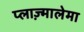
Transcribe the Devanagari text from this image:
प्लाज़्मालेमा